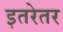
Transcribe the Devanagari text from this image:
इतरेतर